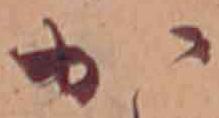
か